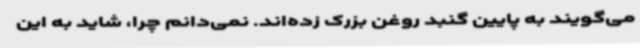
می‌گویند به پایین گنبد روغن بزرک زده‌اند. نمی‌دانم چرا، شاید به این